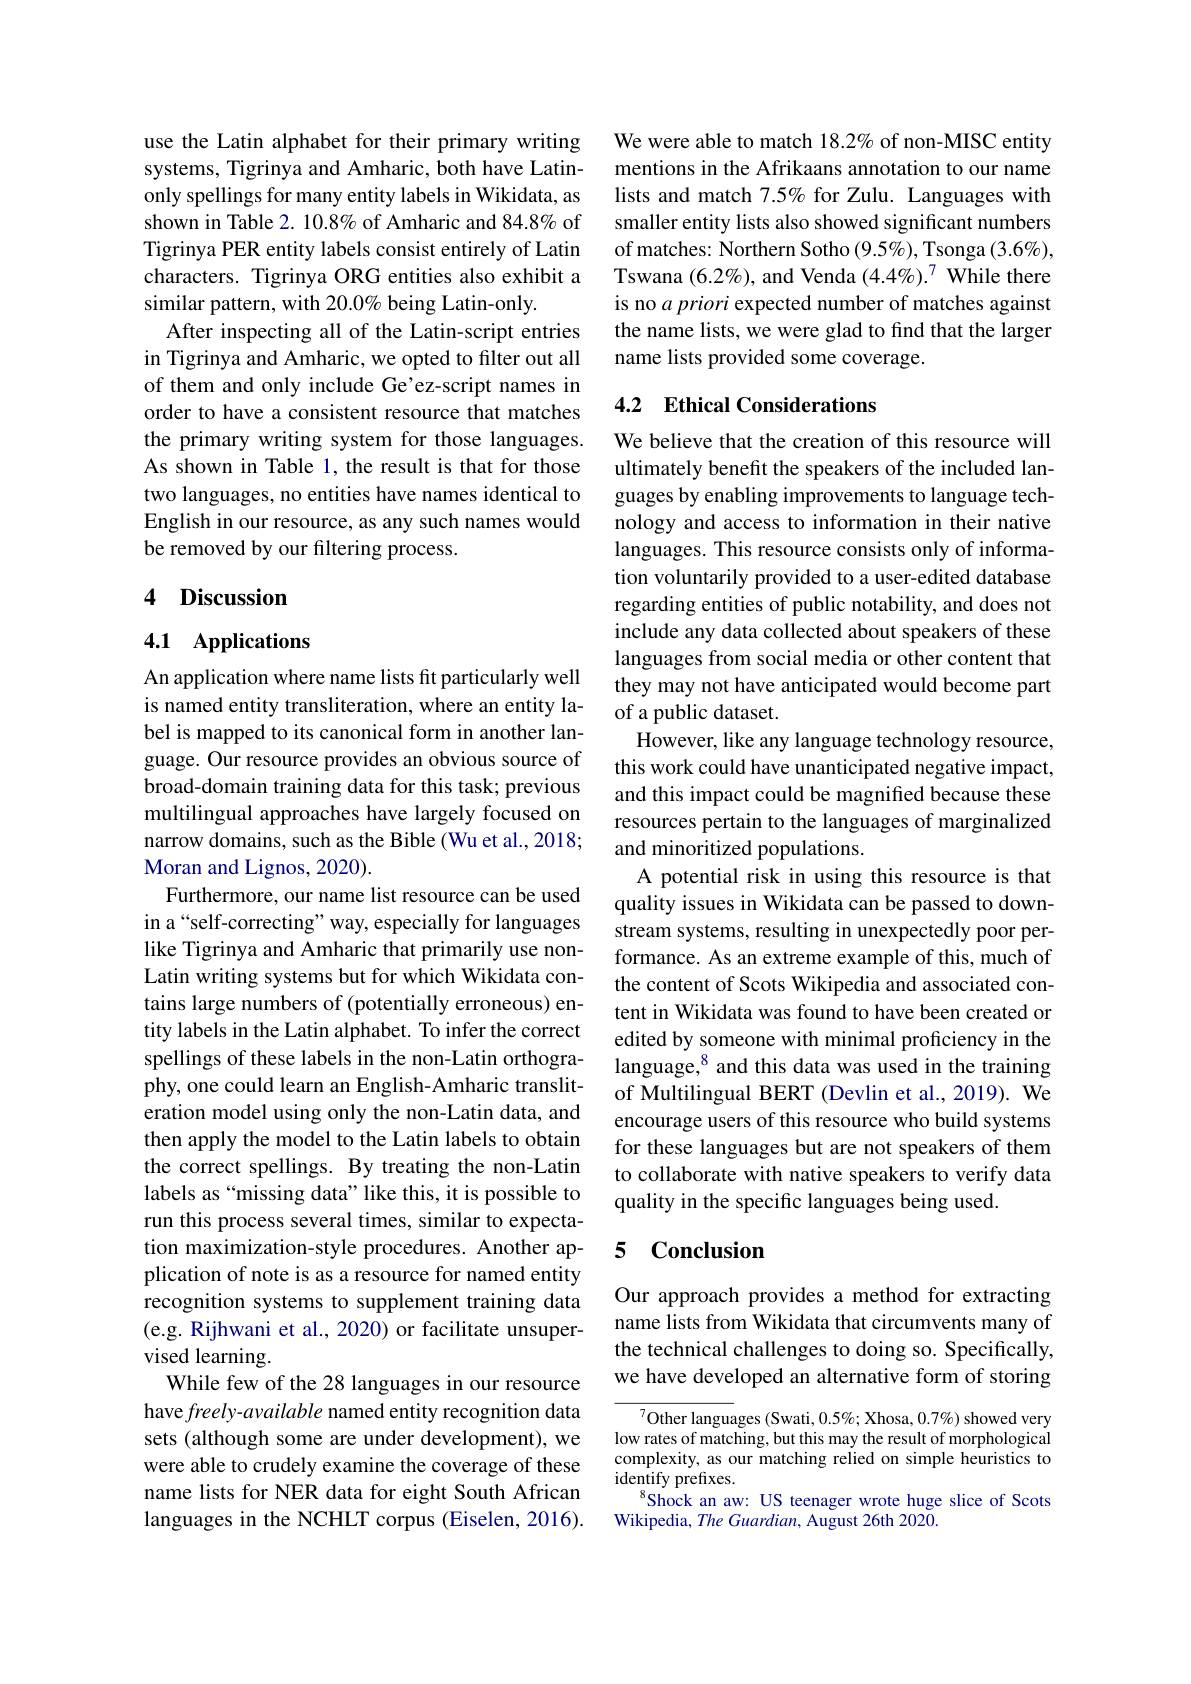
use the Latin alphabet for their primary writing systems, Tigrinya and Amharic, both have Latinonly spellings for many entity labels in Wikidata, as shown in Table $2.10.8\%$ of Amharic and 84.8% of Tigrinya PER entity labels consist entirely of Latin characters. Tigrinya ORG entities also exhibit a similar pattern, with 20.0% being Latin-only.
After inspecting all of the Latin-script entries in Tigrinya and Amharic, we opted to filter out all of them and only include Ge'ez-script names in order to have a consistent resource that matches the primary writing system for those languages. As shown in Table 1, the result is that for those two languages, no entities have names identical to English in our resource, as any such names would be removed by our filtering process.

## 4 Discussion

## 4.1 Applications

An application where name lists fit particularly well is named entity transliteration, where an entity label is mapped to its canonical form in another language. Our resource provides an obvious source of broad-domain training data for this task; previous multilingual approaches have largely focused on narrow domains, such as the Bible (Wu et al., 2018; Moran and Lignos, 2020).
Furthermore, our name list resource can be used in a“self-correcting”way, especially for languages like Tigrinya and Amharic that primarily use nonLatin writing systems but for which Wikidata contains large numbers of (potentially erroneous) entity labels in the Latin alphabet. To infer the correct spellings of these labels in the non-Latin orthography, one could learn an English-Amharic transliteration model using only the non-Latin data, and then apply the model to the Latin labels to obtain the correct spellings. By treating the non-Latin labels as“missing data”like this, it is possible to run this process several times, similar to expectation maximization-style procedures. Another application of note is as a resource for named entity recognition systems to supplement training data (e.g. Rijhwani et al., 2020) or facilitate unsupervised learning.
While few of the 28 languages in our resource have freely- available named entity recognition data sets (although some are under development), we were able to crudely examine the coverage of these name lists for NER data for eight South African languages in the NCHLT corpus (Eiselen, 2016).

We were able to match 18.2% of non-MISC entity mentions in the Afrikaans annotation to our name lists and match 7.5% for Zulu. Languages with smaller entity lists also showed significant numbers of matches: Northern Sotho (9.5%), Tsonga (3.6%), Tswana (6.2%), and Venda (4.4%).$^7$ While there is no $a\textit{priori expected number of matches against}$ the name lists, we were glad to find that the larger name lists provided some coverage.

## 4.2 Ethical Considerations

We believe that the creation of this resource will ultimately benefit the speakers of the included languages by enabling improvements to language technology and access to information in their native languages. This resource consists only of information voluntarily provided to a user-edited database regarding entities of public notability, and does not include any data collected about speakers of these languages from social media or other content that they may not have anticipated would become part of a public dataset.
However, like any language technology resource, this work could have unanticipated negative impact, and this impact could be magnified because these resources pertain to the languages of marginalized and minoritized populations.
A potential risk in using this resource is that quality issues in Wikidata can be passed to downstream systems, resulting in unexpectedly poor performance. As an extreme example of this, much of the content of Scots Wikipedia and associated content in Wikidata was found to have been created or edited by someone with minimal proficiency in the language,$^{8}$ and this data was used in the training of Multilingual BERT (Devlin et al., 2019). We encourage users of this resource who build systems for these languages but are not speakers of them to collaborate with native speakers to verify data quality in the specific languages being used.

## 5 Conclusion

Our approach provides a method for extracting name lists from Wikidata that circumvents many of the technical challenges to doing so. Specifically, we have developed an alternative form of storing

${^{7}\text{Other languages (Swati, 0.5\%; Xhosa, 0.7\%) showed very}}$ low rates of matching, but this may the result of morphological complexity, as our matching relied on simple heuristics to $identifyprefixes.$
Shock an aw: US teenager wrote huge slice of Scots
Wikipedia, The Guardian, August 26th 2020.